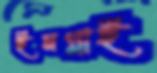
ইমপ্লাই